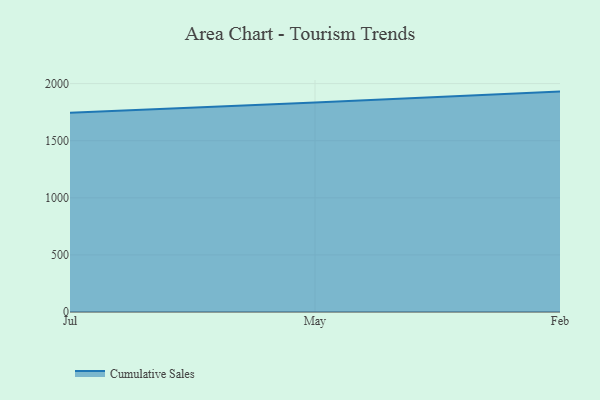
{"axis": {"x": "Month", "y": "Shipments"}, "legend": ["Cumulative Sales"], "data": [{"x": "Jul", "y": 1745.6, "type": "Cumulative Sales"}, {"x": "May", "y": 1833.9, "type": "Cumulative Sales"}, {"x": "Feb", "y": 1930.1, "type": "Cumulative Sales"}]}